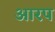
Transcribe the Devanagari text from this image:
आरप